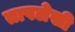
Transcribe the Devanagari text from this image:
तापलेखी